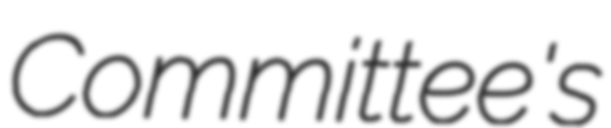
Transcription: Committee's